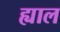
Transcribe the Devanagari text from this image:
ह्याल